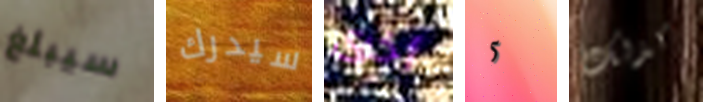
سيبلغ سيدرك أخرى 5 كذلك